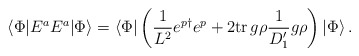
\begin{align*}\langle \Phi | E^{a}E^{a} |\Phi \rangle = \langle \Phi | \left(\frac{1}{L^{2}} e^{p \dagger} e^{p}+ 2 \mbox{tr}\, g\rho \frac{1}{D_{1}'} g\rho \right) | \Phi\rangle\, .\end{align*}